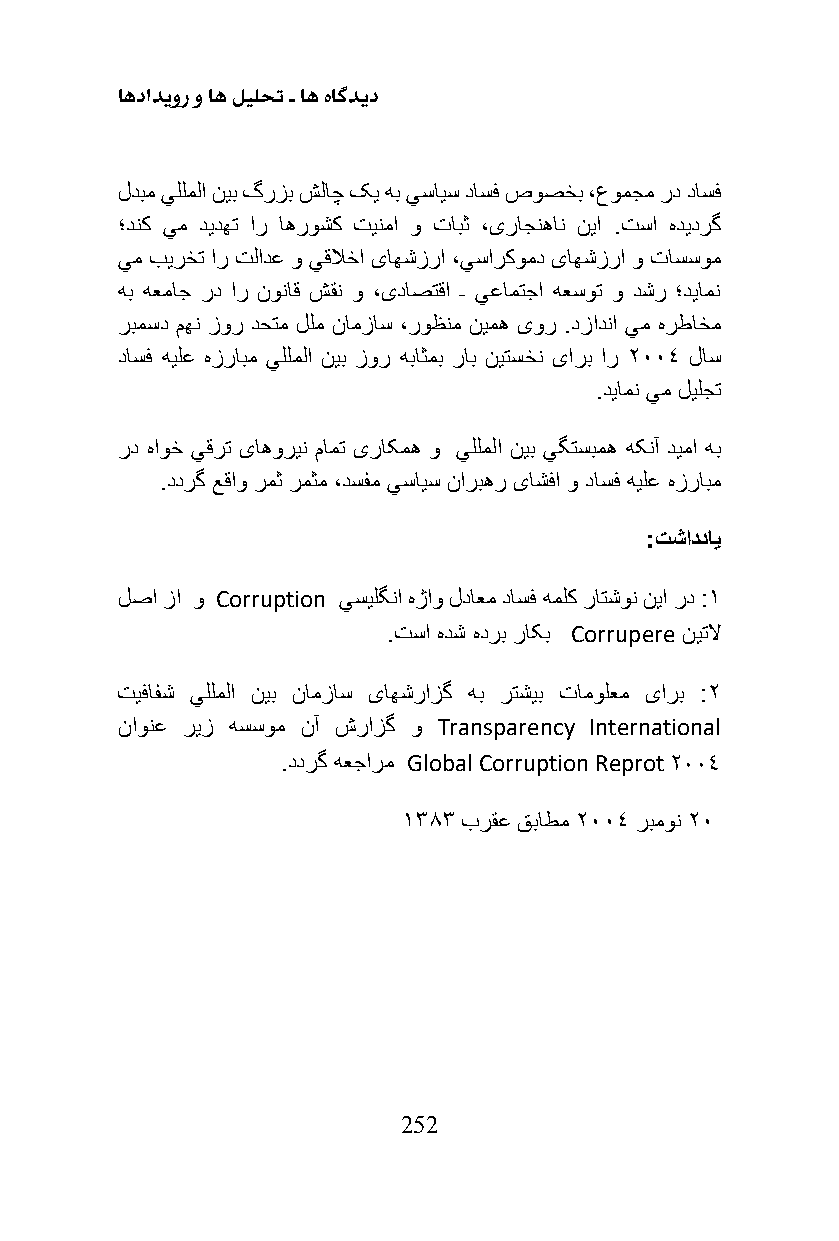
اهدادیور و اه لیلحت ـ اه هاگدید
 لدبم يللملا نیب گرزب شلاچ کی هب يسایس داسف صوصخب ،عومجم رد داسف
 ؛دنک يم دیدهت ار اهروشک تینما و تابث ،یراجنهان نیا .تسا هدیدرگ
 يم بیرخت ار تلادع و يقلاخا یاهشزرا ،يسارکومد یاهشزرا و تاسسوم
 هب هعماج رد ار نوناق شقن و ،یداصتقا ـ يعامتجا هعسوت و دشر ؛دیامن
 ربمسد مهن زور دحتم للم نامزاس ،روظنم نیمه یور .دزادنا يم هرطاخم
 داسف هیلع هزرابم يللملا نیب زور هباثمب راب نیتسخن یارب ار 2004 لاس
 .دیامن يم لیلجت
 رد هاوخ يقرت یاهورین مامت یراکمه و يللملا نیب يگتسبمه هکنآ دیما هب
 .ددرگ عقاو رمث رمثم ،دسفم يسایس ناربهر یاشفا و داسف هیلع هزرابم
 :تشادداي
 لصا زا و Corruption يسیلگنا هژاو لداعم داسف هملک راتشون نیا رد :1
 .تسا هدش هدرب راکب Corrupere نیتلا
 تیفافش يللملا نیب نامزاس یاهشرازگ هب رتشیب تامولعم یارب :2
 ناونع ریز هسسوم نآ شرازگ و Transparency International
 .ددرگ هعجارم Global Corruption Reprot 2004
 1383 برقع قباطم 2004 ربمون 20
 252